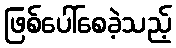
ဖြစ်ပေါ်စေခဲ့သည့်